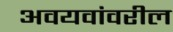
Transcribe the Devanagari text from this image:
अवयवांवरील